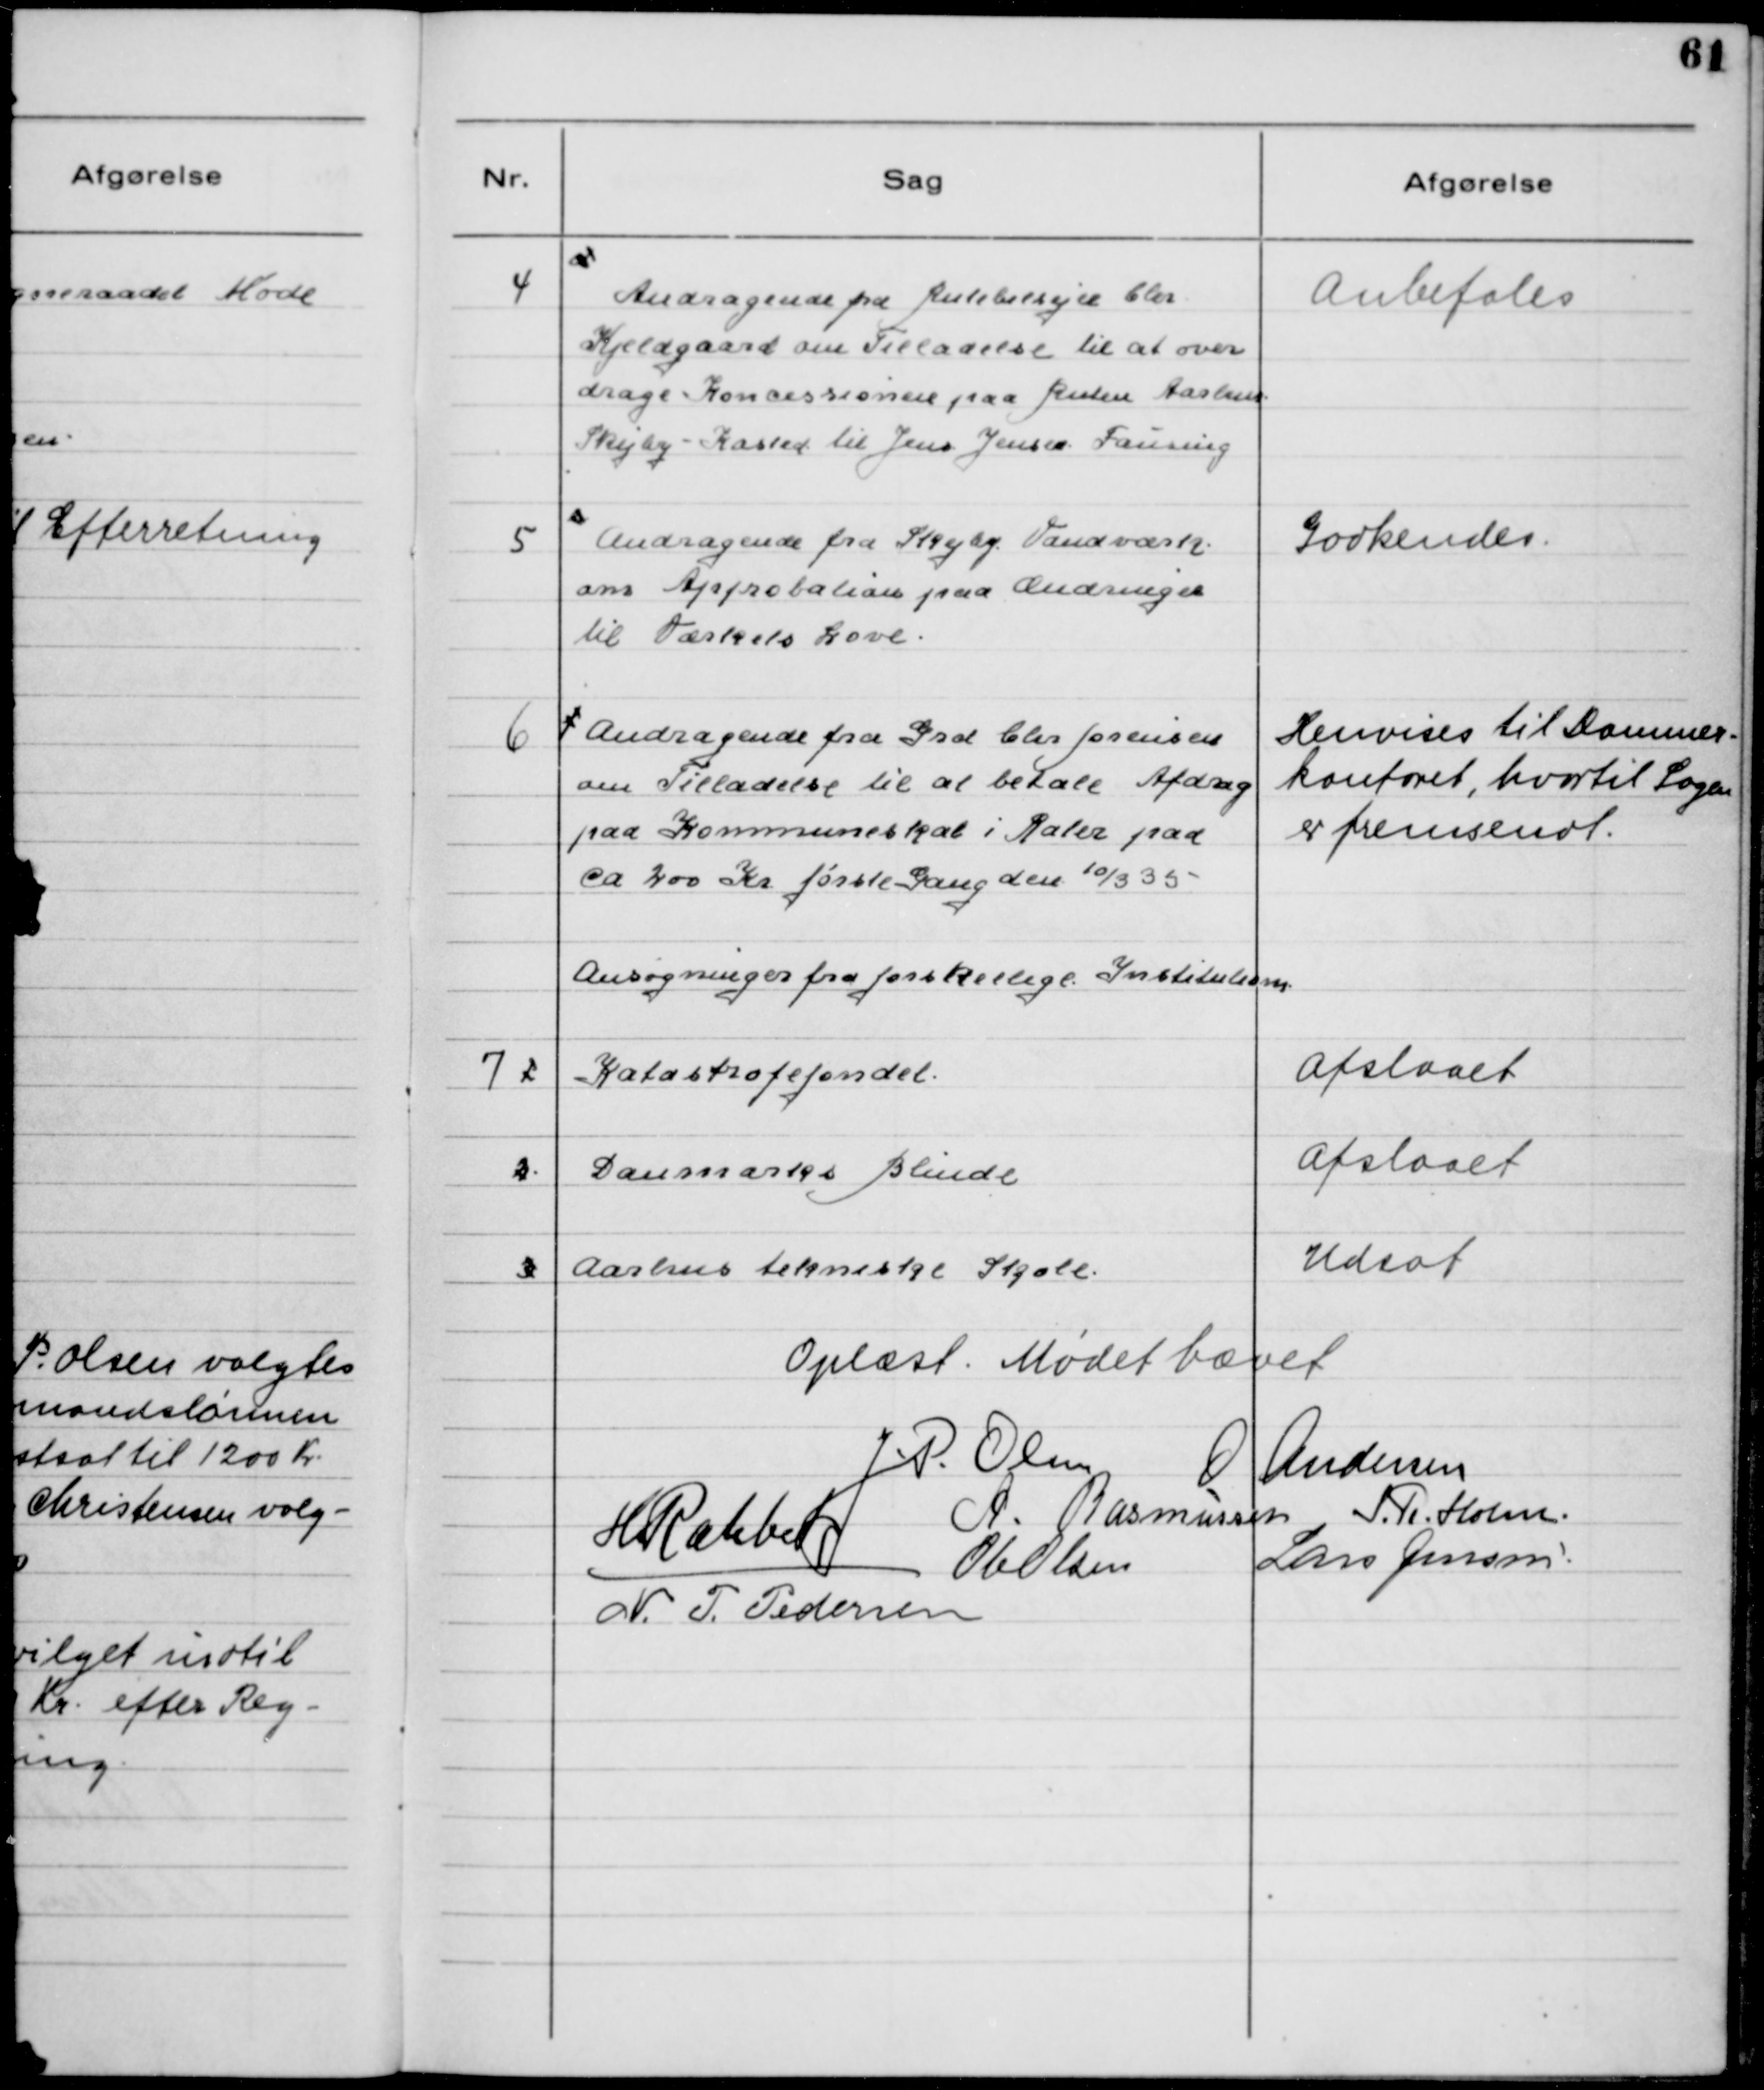
Transskription:
4

Andragende fra Rutebilejer Chr.
Kjeldgaard om Tilladelse til at over-
drage Koncessionerne paa Ruten Aarhus -
Skejby - Kasted til Jens Jensen, Fausing

Anbefales

5

Andragende fra Skejby Vandværk
om Approbation paa Ændringer
til Værkets Love.

Godkendes

6

Andragende fra Grd. Chr. Jarensen
om Tilladelse til at betale Afdrag
paa Kommuneskat i Rater paa
ca. 200 Kr. første Gang den 10/3 35.

Henvises til Dommer-
kontoret, hvortil Sagen
er fremsendt.

7

Ansøgninger fra forskellige Institutioner
Katastrofefondet
Afslaaet
Danmarks Blinde
Afslaaet
Aarhus tekniske Skole
Udsat

Oplæst. Mødet hævet.